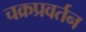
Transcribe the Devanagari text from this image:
चक्रप्रवर्तन